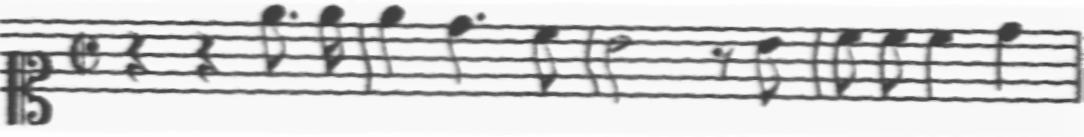
Transcription: clef-C1 timeSignature-C/ rest-quarter rest-quarter note-E5_eighth. note-E5_sixteenth barline note-E5_quarter note-D5_quarter. note-C5_eighth barline note-B4_half rest-eighth note-B4_eighth barline note-C5_eighth note-C5_eighth note-C5_quarter note-D5_quarter